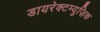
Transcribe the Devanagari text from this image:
डायरेक्टम्युज़िक